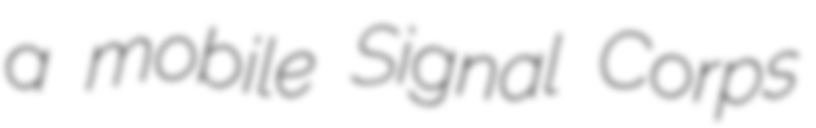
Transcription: a mobile Signal Corps